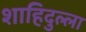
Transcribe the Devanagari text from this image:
शाहिदुल्ला